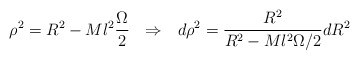
\begin{align*}\rho^2=R^2- Ml^2 \frac{\Omega}{2} \:\:\:\Rightarrow \:\:\:d\rho^2=\frac{R^2}{R^2-Ml^2 \Omega /2} dR^2\end{align*}